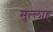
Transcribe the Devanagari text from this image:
मुल्‍लाह